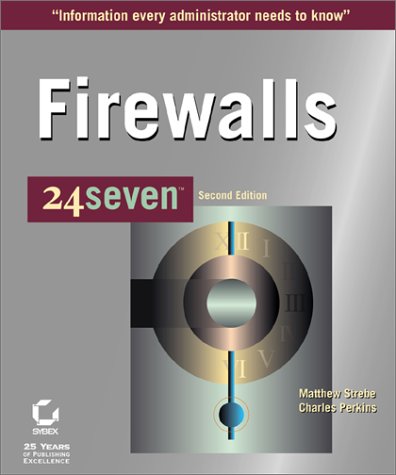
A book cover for Firewalls 24seven; Matthew Strebe; Computers & Technology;